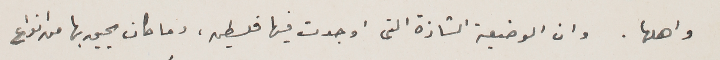
واهلها. وان الوضعية الشاذة التى اوجدت فيها فلسطين، وما كان يحيق بها من انواع